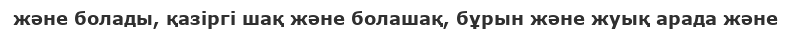
және болады, қазіргі шақ және болашақ, бұрын және жуық арада және